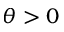
\theta > 0